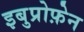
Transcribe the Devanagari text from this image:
इबुप्रोफ़ेन